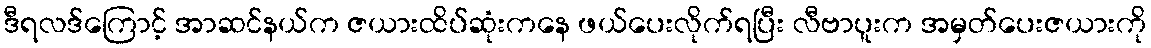
ဒီရလဒ်ကြောင့် အာဆင်နယ်က ဇယားထိပ်ဆုံးကနေ ဖယ်ပေးလိုက်ရပြီး လီဗာပူးက အမှတ်ပေးဇယားကို